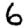
Digit: 6